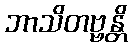
ဘာသိတဗ္ဗန္တိ